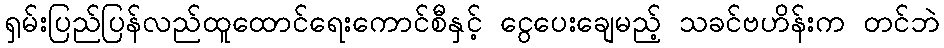
ရှမ်းပြည်ပြန်လည်ထူထောင်ရေးကောင်စီနှင့် ငွေပေးချေမည့် သခင်ဗဟိန်းက တင်ဘဲ